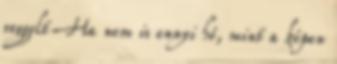
reggelt Ha nem is ennyi hó, mint a képen